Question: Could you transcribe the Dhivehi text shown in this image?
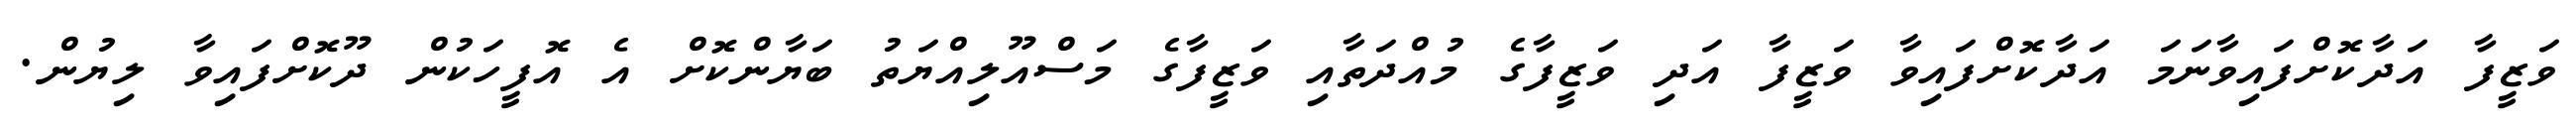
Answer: ވަޒީފާ އަދާކޮށްފައިވާނަމަ އަދާކޮށްފައިވާ ވަޒީފާ އަދި ވަޒީފާގެ މުއްދަތާއި ވަޒީފާގެ މަސްއޫލިއްޔަތު ބަޔާންކޮށް އެ އޮފީހަކުން ދޫކޮށްފައިވާ ލިޔުން.